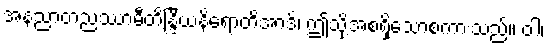
အနညာတညဿာမီတိန္ဒြိယနိရောတိအာဒိ၊ ဤသို့အစရှိသောစကားသည်။ ဝါ၊